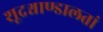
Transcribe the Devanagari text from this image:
शूद्रश्चाण्डालतां